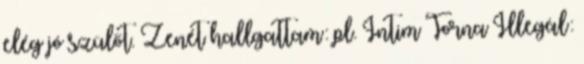
elég jó szülőt. Zenét hallgattam: pl. Intim Torna Illegál: